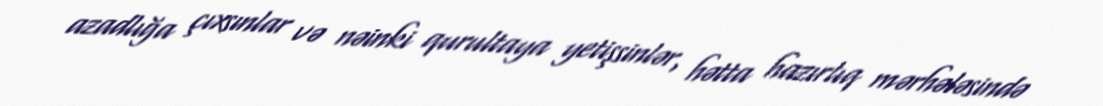
azadlığa çıxsınlar və nəinki qurultaya yetişsinlər, hətta hazırlıq mərhələsində